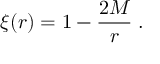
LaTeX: \xi ( r ) = 1 - \frac { 2 M } { r } \; .